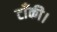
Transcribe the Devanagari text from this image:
टाँकी।